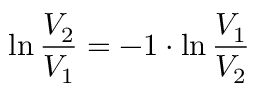
\ln { \frac { V _ { 2 } } { V _ { 1 } } } = - 1 \cdot \ln { \frac { V _ { 1 } } { V _ { 2 } } }